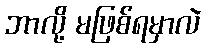
ဘာလို့ မဖြစ်ရမှာလဲ